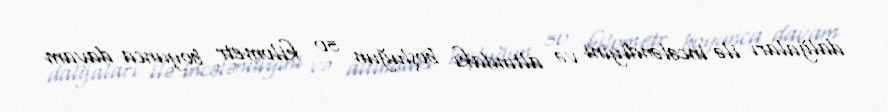
dalğaları ilə incələndiyini və altındakı boşluğun 50 kilometr boyunca davam